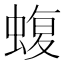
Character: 蝮